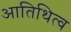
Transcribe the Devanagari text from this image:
आतिथित्व